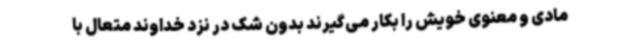
مادی و معنوی خویش را بکار می‌گیرند بدون شک در نزد خداوند متعال با